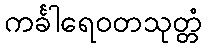
ကင်္ခါရေဝတသုတ္တံ